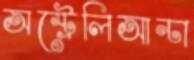
অস্ট্রেলিআন্‌ঢা